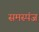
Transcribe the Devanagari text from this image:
समस्पंज